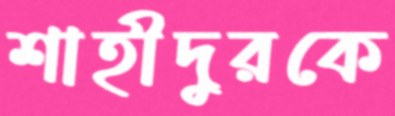
শাহীদুরকে